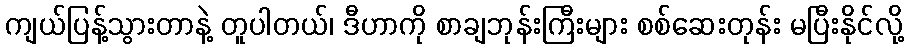
ကျယ်ပြန့်သွားတာနဲ့ တူပါတယ်၊ ဒီဟာကို စာချဘုန်းကြီးများ စစ်ဆေးတုန်း မပြီးနိုင်လို့